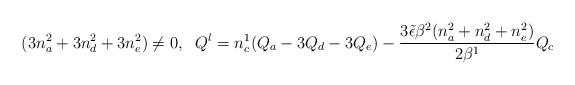
LaTeX: \begin{align*}(3 n_a^2 + 3n_d^2 + 3 n_e^2) \neq 0,\;\ Q^l = n_c^1 (Q_a -3 Q_d -3 Q_e)-\frac{3 {\tilde \epsilon}\beta^2 ( n_a^2 + n_d^2 + n_e^2)}{2 \beta^1} Q_c \end{align*}